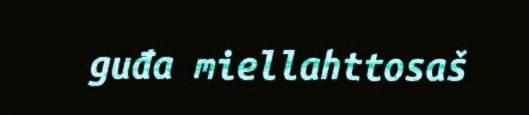
guđa miellahttosaš